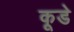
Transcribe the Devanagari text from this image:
कूडे